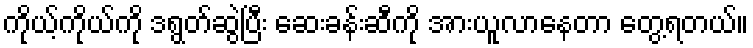
ကိုယ့်ကိုယ်ကို ဒရွတ်ဆွဲပြီး ဆေးခန်းဆီကို အားယူလာနေတာ တွေ့ရတယ်။